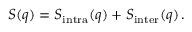
S ( q ) = S _ { \mathrm { i n t r a } } ( q ) + S _ { \mathrm { i n t e r } } ( q ) \, .